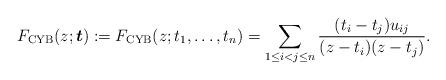
LaTeX: \begin{gather*} F_{\rm CYB}(z;{\boldsymbol{t}}):= F_{\rm CYB}(z;t_1,\ldots,t_n)= \sum_{1 \le i < j \le n} {(t_i-t_j) u_{ij} \over (z-t_i)(z-t_j)}.\end{gather*}